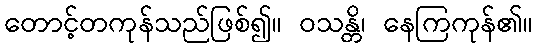
တောင့်တကုန်သည်ဖြစ်၍။ ဝသန္တိ၊ နေကြကုန်၏။